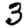
Digit: 3